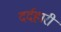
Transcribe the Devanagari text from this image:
दर्दहारी